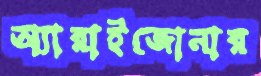
অ্যারাইজোনার